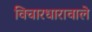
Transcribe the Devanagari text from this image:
विचारधारावाले